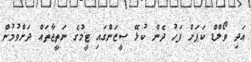
އަދި ވޯލްޑް ކަޕަށް ފަހު ދެން ކުޅޭ ސީޒަންގައި ޓީމުގެ ނަތީޖާތައް ދަށްވުމުން